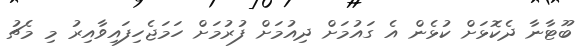
ބޫޓާނާ ދެކޮޅަށް ކުޅެން އެ ގައުމަށް ދިއުމަށް ފުރުމަށް ހަމަޖެހިފައިވާއިރު މި މެޗު